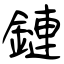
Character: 鏈